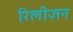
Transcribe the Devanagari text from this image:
रिलीज़न